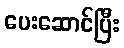
ပေးဆောင်ပြီး